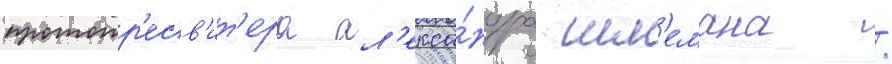
протопр'есв'ит'ера ал'екса́ндра шм'емана /